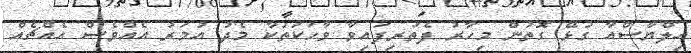
އިލްޔާސްއާ ގުޅޭ ގޮތުން މިހާރު ފެތުރިފައިވާ ވާހަކަތަކާ މެދު އުމަރު އެއްވެސް އެއްޗެއް